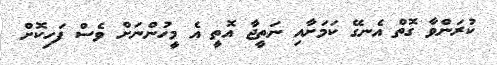
ކުރަންވާ ގޮތް އެނގޭ ކަމަށާއި ނަތީޖާ އޮތީ އެ މީހުންނަށް ވެސް ފަހިކޮށް